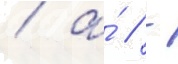
/ а́ // -